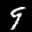
Label: 9